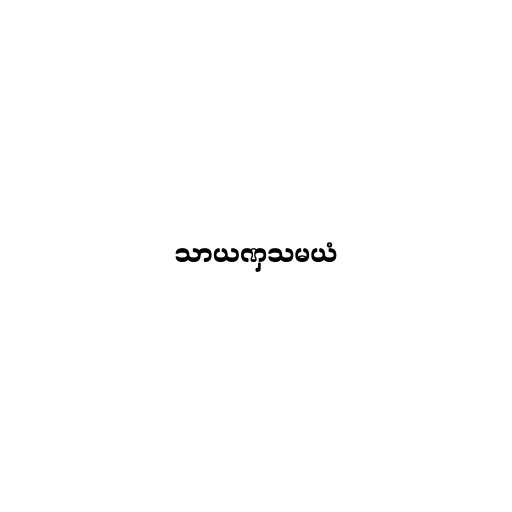
သာယဏှသမယံ